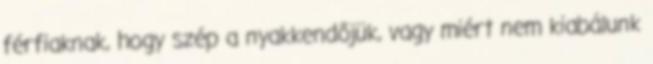
férfiaknak, hogy szép a nyakkendőjük, vagy miért nem kiabálunk